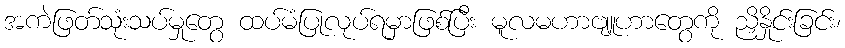
အကဲဖြတ်သုံးသပ်မှုတွေ ထပ်မံပြုလုပ်ရမှာဖြစ်ပြီး မူလမဟာဗျူဟာတွေကို ညှိနှိုင်းခြင်း၊